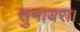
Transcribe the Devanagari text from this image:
सुमायरा।